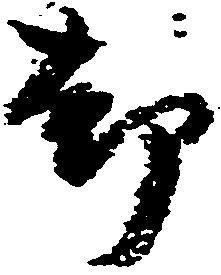
却